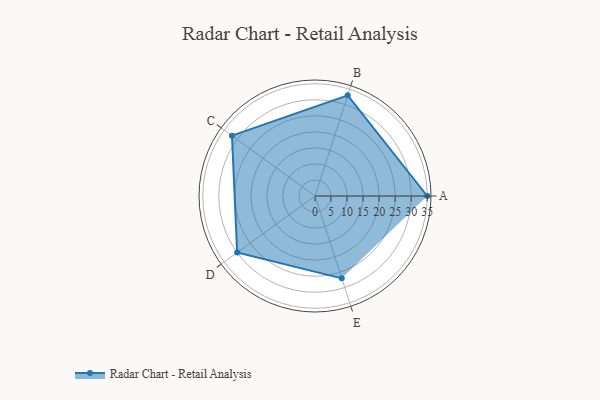
{"axis": {"x": "Skill", "y": "Score"}, "legend": ["Profile"], "data": [{"x": "A", "y": 35.0, "type": "Profile"}, {"x": "B", "y": 33.0, "type": "Profile"}, {"x": "C", "y": 32.0, "type": "Profile"}, {"x": "D", "y": 30.0, "type": "Profile"}, {"x": "E", "y": 27.0, "type": "Profile"}]}